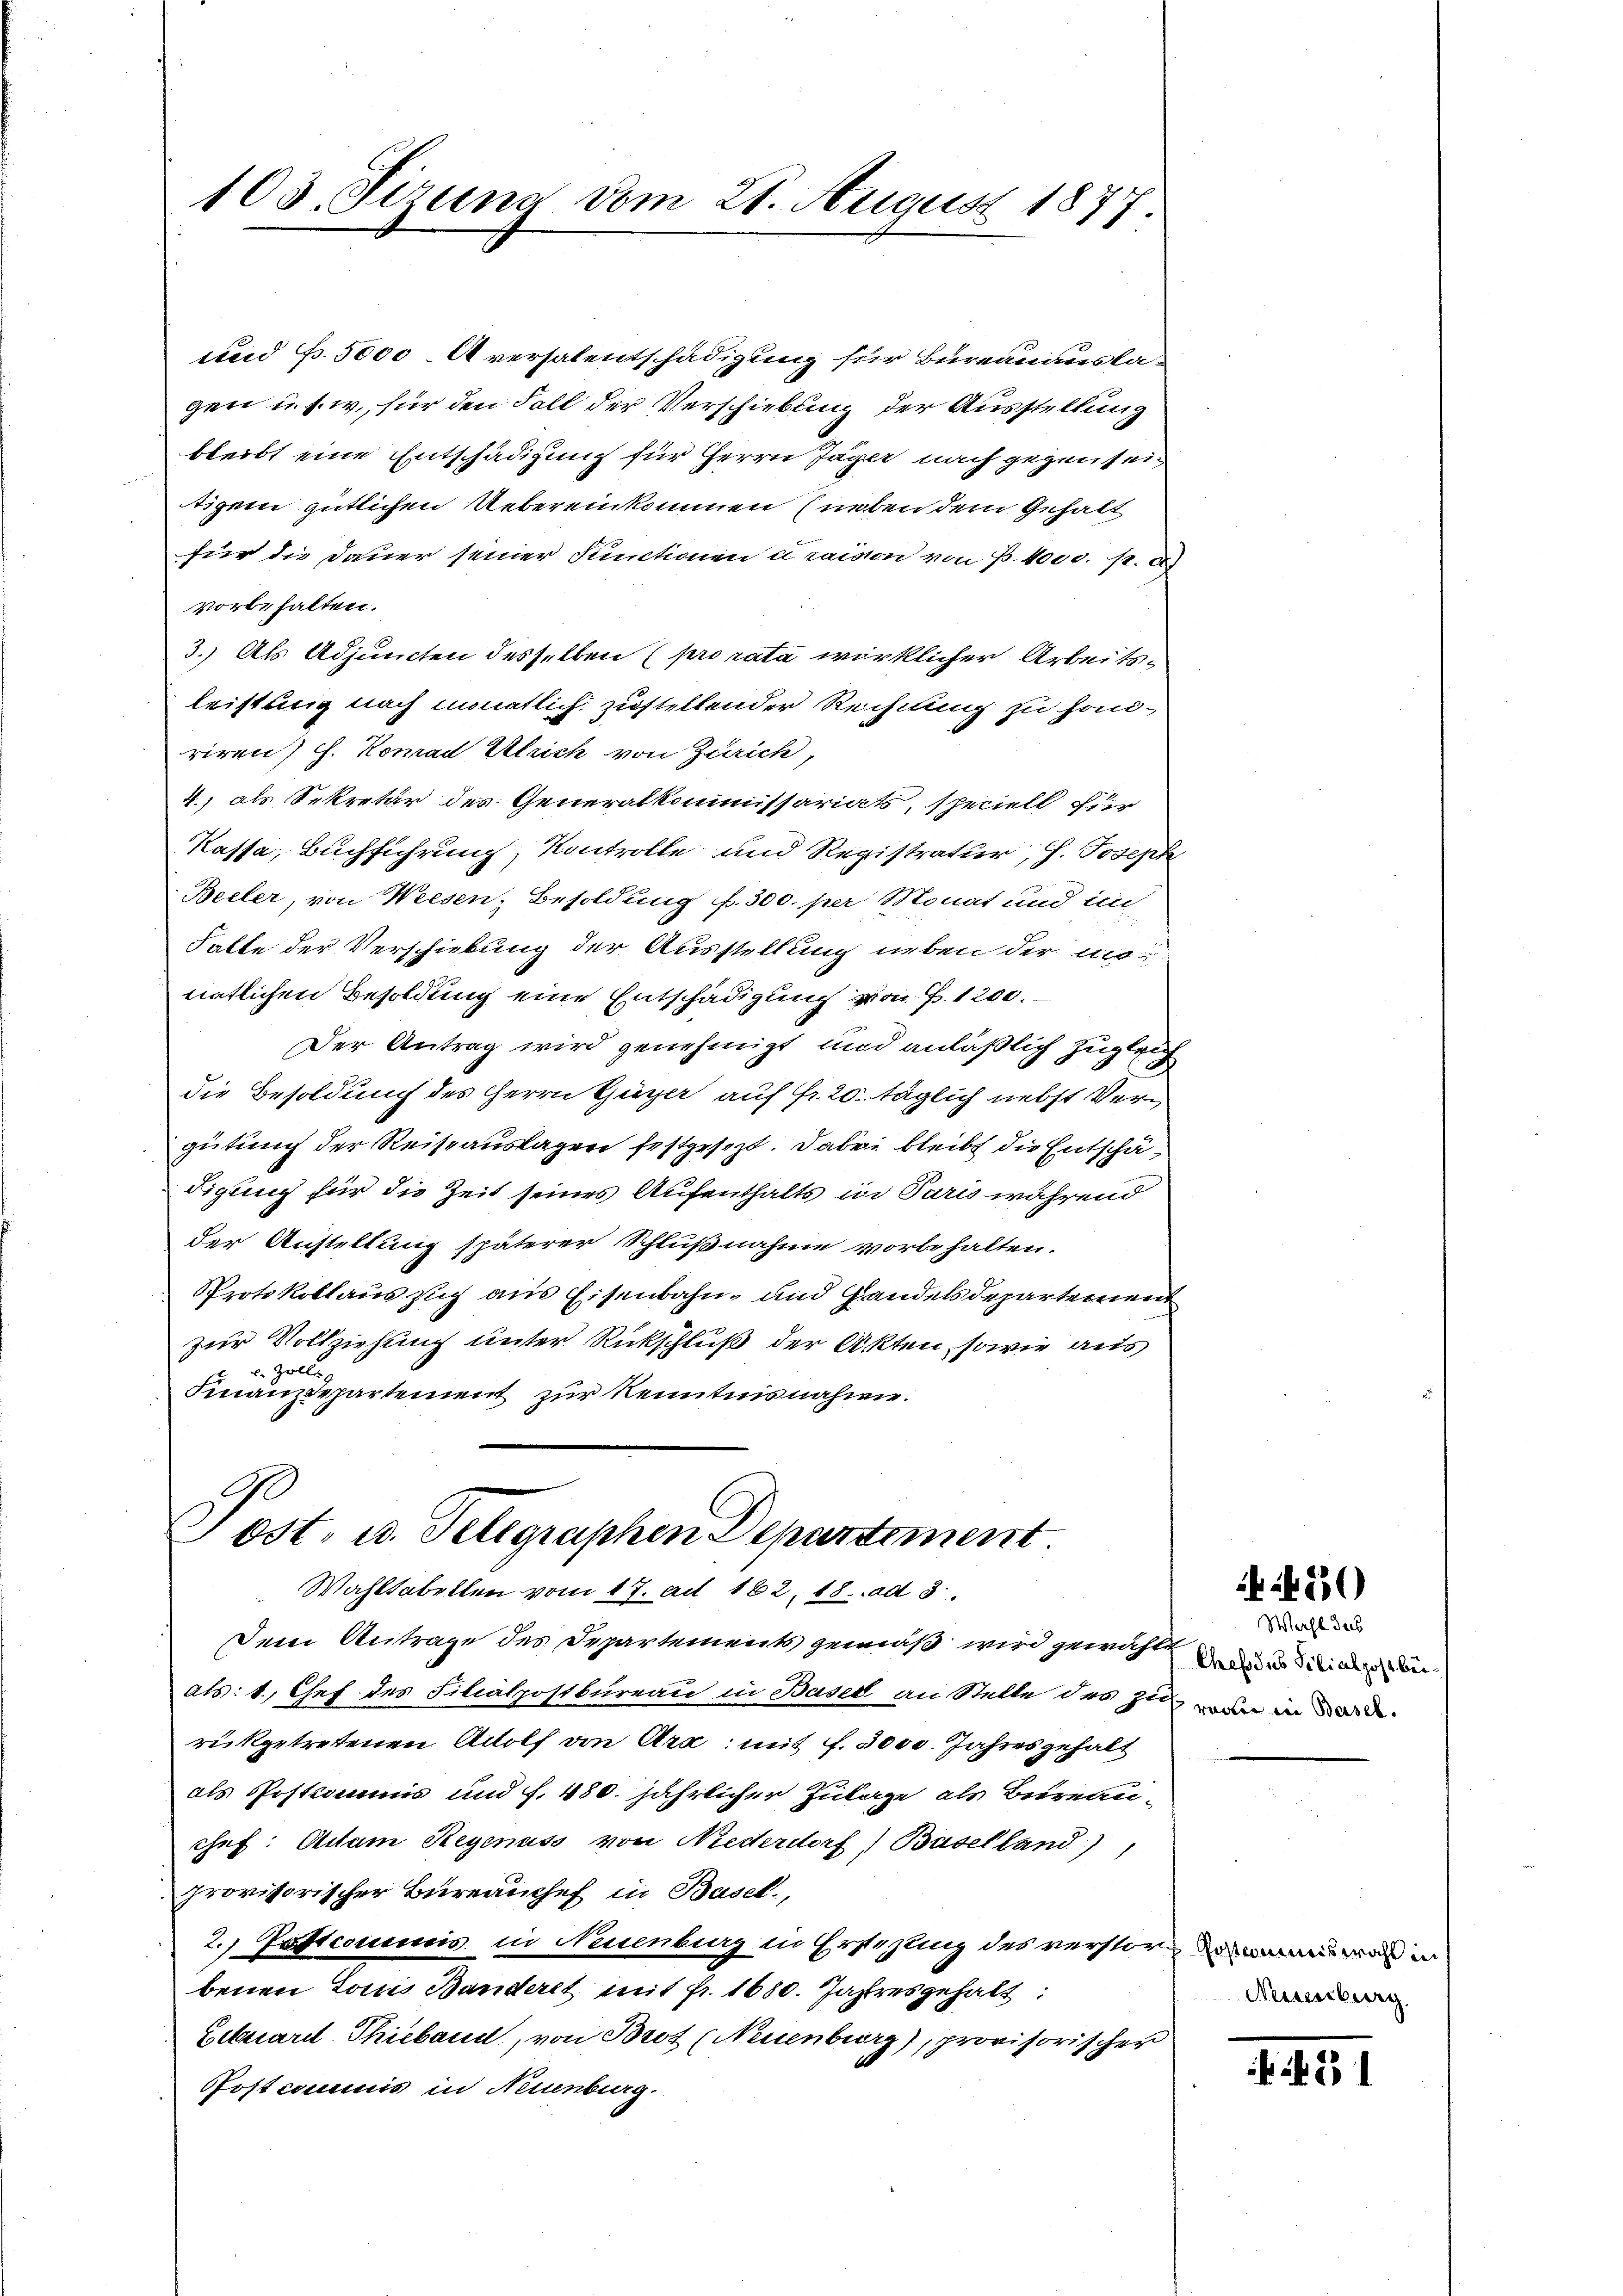
103. Sizung vom 21. August 1877.

und p. 5000. Aversalentschädigung für Bureauausla-
gen u. s. w., für den Fall der Verschiebung der Ausstellung
bleibt eine Entschädigung für Herrn Jäger nach gegenseitigem gütlichen Uebereinkommen (neben dem Gehalt
für die Dauer seiner Functionen u. raison von B. 4000. p. e
vorbehalten.
3.) Als Adjuncten desselben (pro rata wirklicher Arbeitsleistung nach monatlich zustellender Rechnung zu honriren J. Komad Ulrich von Zürich,
4.) als Sekretär des Generalkommissariats, speciell für
Kassa, Buchführung, Kontrolle und Registratur, H. Joseph
Beeler, von Weesen Besoldung f. 300. per Monat und in
Falte der Verschiebung der Ausstellung neben der annatlichen Besoldung eine Entschädigung von P. 1200.
Der Antrag wird genehmigt und anläßlich zugleich
die Besoldung des Herrn Guyer auf Fr. 20 täglich nebst Vergütung der Reiseauslagen festgesezt. Dabei bleibt die Entschä-
digung für die Zeit seines Aufenthalts in Paris während
der Austellung späterer Schlußnahme vorbehalten.
Protokollaus sich aus Eisenbahn- und Handelsdepartement
zur Vollziehung unter Rückschluß der Akten, sowie aus
u. Zolle
Finanzdepartement zur Kenntnisnahme.

Post. u. Telegraphen Departement.
Wahltabellen vom 17. Art. 182. 18. ad 3.

Dem Antrage des Departements gemäß wird gewählt in die der
als: 1.) Chef des Filialpostbureau in Basel an Stelle des zu von in der
rükgetretenen Adolf von Ara; mit f. 3000. Jahresgehalt
als Postkommnis und f. 480. jährlicher Zulage als Bureau-
chef. Actum Regenuss von Niederdorf) Baselland)
provisorischer Bureauchef in Basel,
2. Pastcommis in Neuenburg in Ersezung des verstor demann war in
benen Louis Banderet mit fr. 1680. Jahresgehalt:
Eibuare Thieband, von Brot (Neuenburg), provisorischer
Postcommis in Neuenburg.

6530)

Wahl dass

Neuenburg.

231